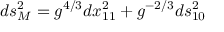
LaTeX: d s _ { M } ^ { 2 } = g ^ { 4 / 3 } d x _ { 1 1 } ^ { 2 } + g ^ { - 2 / 3 } d s _ { 1 0 } ^ { 2 }